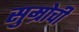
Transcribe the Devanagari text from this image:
सुम्रोची